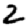
Digit: 2